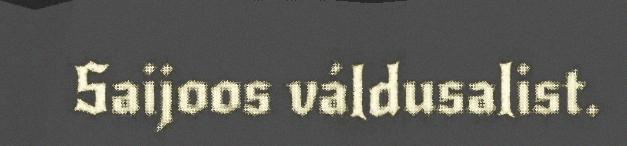
Saijoos váldusalist.